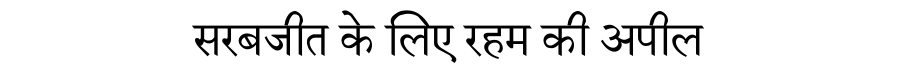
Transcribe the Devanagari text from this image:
सरबजीत के लिए रहम की अपील